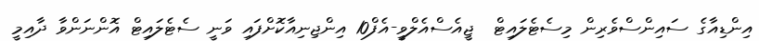
އިންޑިއާގެ ސައިންސްވެރިން މިސެޓެލައިޓް  ޖީއެސްއެލްވީ-އެފް10 އިންޖިނިއާކޮށްފައި ވަނީ ސެޓެލައިޓް އޮންނަންވާ ދާއިމީ